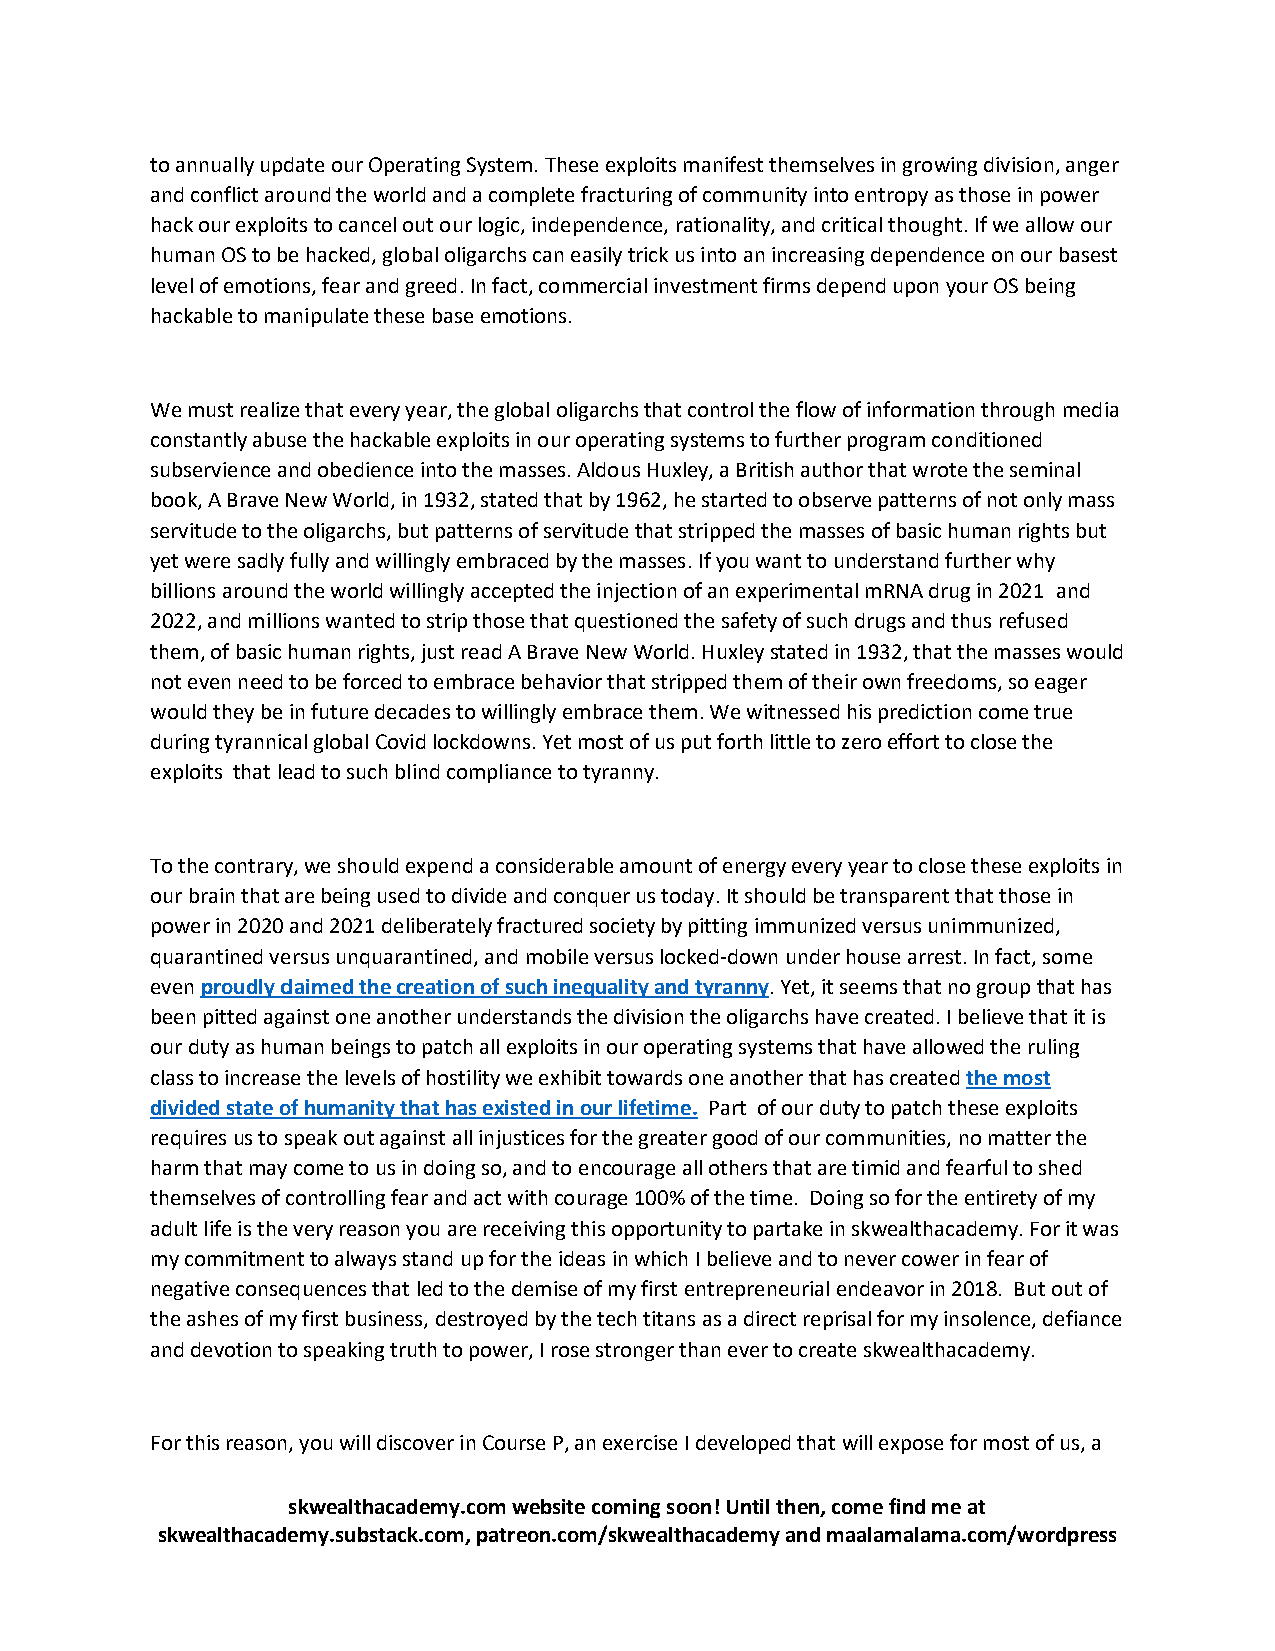
to annually update our Operating System. These exploits manifest themselves in growing division, anger
 and conflict around the world and a complete fracturing of community into entropy as those in power
 hack our exploits to cancel out our logic, independence, rationality, and critical thought. If we allow our
 human OS to be hacked, global oligarchs can easily trick us into an increasing dependence on our basest
 level of emotions, fear and greed. In fact, commercial investment firms depend upon your OS being
 hackable to manipulate these base emotions.
 We must realize that every year, the global oligarchs that control the flow of information through media
 constantly abuse the hackable exploits in our operating systems to further program conditioned
 subservience and obedience into the masses. Aldous Huxley, a British author that wrote the seminal
 book, A Brave New World, in 1932, stated that by 1962, he started to observe patterns of not only mass
 servitude to the oligarchs, but patterns of servitude that stripped the masses of basic human rights but
 yet were sadly fully and willingly embraced by the masses. If you want to understand further why
 billions around the world willingly accepted the injection of an experimental mRNA drug in 2021 and
 2022, and millions wanted to strip those that questioned the safety of such drugs and thus refused
 them, of basic human rights, just read A Brave New World. Huxley stated in 1932, that the masses would
 not even need to be forced to embrace behavior that stripped them of their own freedoms, so eager
 would they be in future decades to willingly embrace them. We witnessed his prediction come true
 during tyrannical global Covid lockdowns. Yet most of us put forth little to zero effort to close the
 exploits that lead to such blind compliance to tyranny.
 To the contrary, we should expend a considerable amount of energy every year to close these exploits in
 our brain that are being used to divide and conquer us today. It should be transparent that those in
 power in 2020 and 2021 deliberately fractured society by pitting immunized versus unimmunized,
 quarantined versus unquarantined, and mobile versus locked-down under house arrest. In fact, some
 even proudly claimed the creation of such inequality and tyranny. Yet, it seems that no group that has
 been pitted against one another understands the division the oligarchs have created. I believe that it is
 our duty as human beings to patch all exploits in our operating systems that have allowed the ruling
 class to increase the levels of hostility we exhibit towards one another that has created the most
 divided state of humanity that has existed in our lifetime. Part of our duty to patch these exploits
 requires us to speak out against all injustices for the greater good of our communities, no matter the
 harm that may come to us in doing so, and to encourage all others that are timid and fearful to shed
 themselves of controlling fear and act with courage 100% of the time. Doing so for the entirety of my
 adult life is the very reason you are receiving this opportunity to partake in skwealthacademy. For it was
 my commitment to always stand up for the ideas in which I believe and to never cower in fear of
 negative consequences that led to the demise of my first entrepreneurial endeavor in 2018. But out of
 the ashes of my first business, destroyed by the tech titans as a direct reprisal for my insolence, defiance
 and devotion to speaking truth to power, I rose stronger than ever to create skwealthacademy.
 For this reason, you will discover in Course P, an exercise I developed that will expose for most of us, a
 skwealthacademy.com website coming soon! Until then, come find me at
 skwealthacademy.substack.com, patreon.com/skwealthacademy and maalamalama.com/wordpress